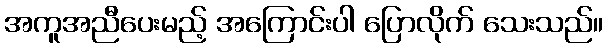
အကူအညီပေးမည့် အကြောင်းပါ ပြောလိုက် သေးသည်။